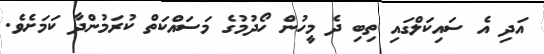
އަދި އެ ސައިކަލްގައި ތިބި ދެ މީހުން ހޯދުމުގެ މަސައްކަތް ކުރަމުންދާ ކަމަށެވެ.